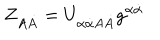
LaTeX: Z _ { A \dot { A } } = U _ { \alpha \dot { \alpha } A \dot { A } } g ^ { \alpha \dot { \alpha } }